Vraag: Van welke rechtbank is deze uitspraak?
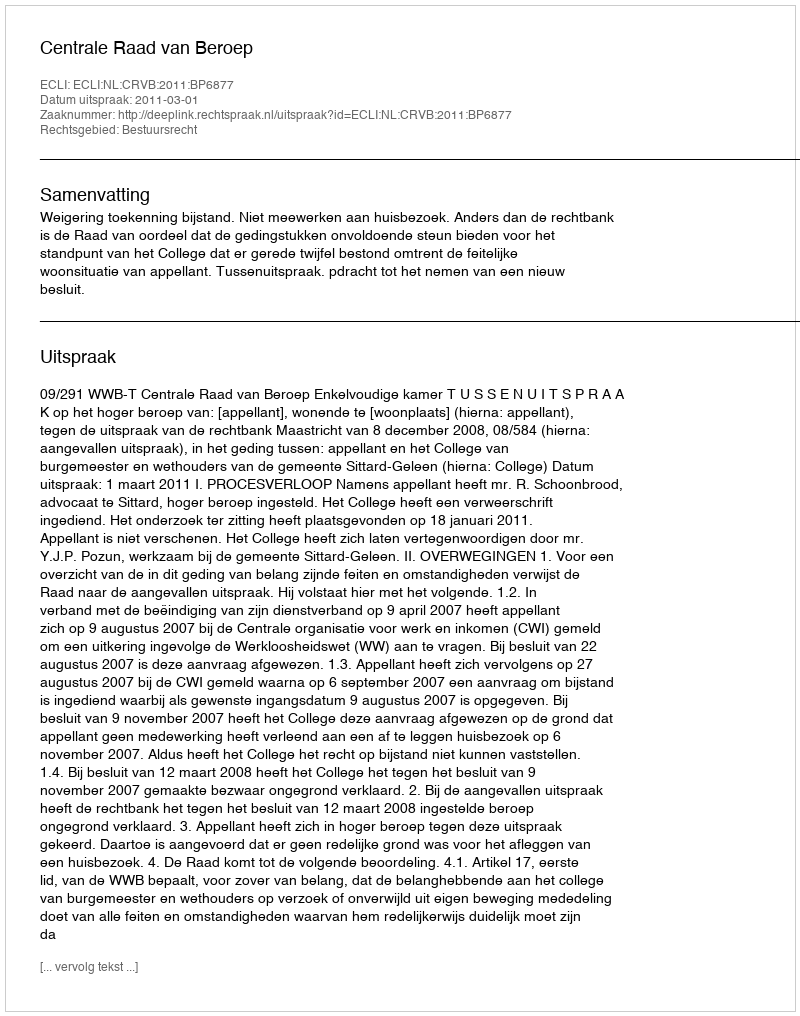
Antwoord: Centrale Raad van Beroep